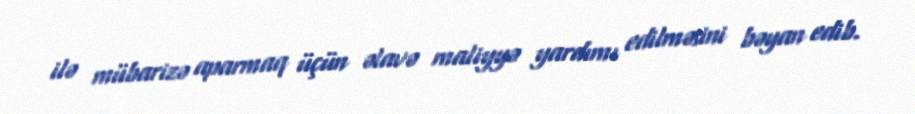
ilə mübarizə aparmaq üçün əlavə maliyyə yardımı edilməsini bəyan edib.